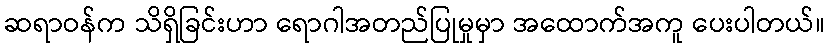
ဆရာဝန်က သိရှိခြင်းဟာ ရောဂါအတည်ပြုမှုမှာ အထောက်အကူ ပေးပါတယ်။